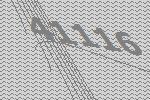
41116